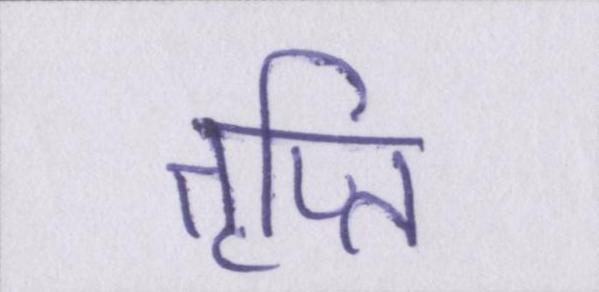
तृप्ति